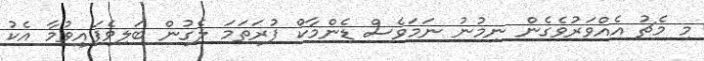
މި މެޗު އެއްވަރުވެގެން ނިމުނު ނަމަވެސް ޑެންމާކް ފުރަތަމަ ލެގުން ބަލިވެފައިވުމާ އެކު